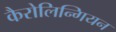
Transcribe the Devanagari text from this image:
कैरोलिन्गियन